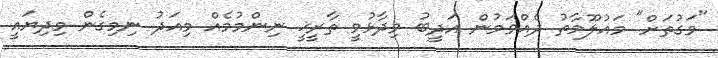
"ވަގުތަށް" މައުލޫމާތު ދެއްވަމުން އަދީބު ވިދާޅުވީ ތާރީޚީ ނިންމުމެއް މިއަދު ނިމިގެން މިދިޔައީ